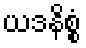
ယဒနိစ္စံ